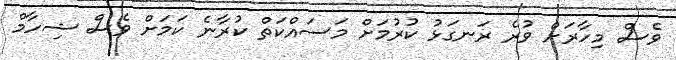
ވެސް މިހާރަށް ވުރެ ރަނގަޅު ކުރުމަށް މަސައްކަތް ކުރާނެ ކަމަށް ވެސް ޝިހާމް